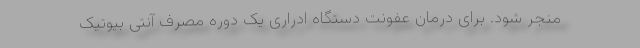
منجر شود. برای درمان عفونت دستگاه ادراری یک دوره مصرف آنتی بیوتیک